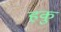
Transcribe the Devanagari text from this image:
हकु